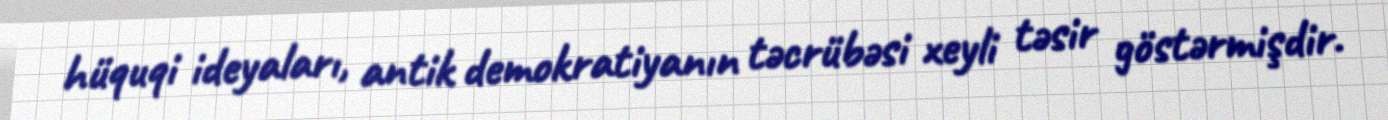
hüquqi ideyaları, antik demokratiyanın təcrübəsi xeyli təsir göstərmişdir.